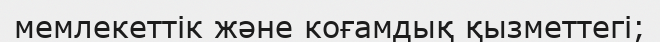
мемлекеттік және коғамдық қызметтегі;